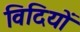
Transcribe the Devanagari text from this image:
विदियों